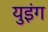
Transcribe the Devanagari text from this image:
युइंग